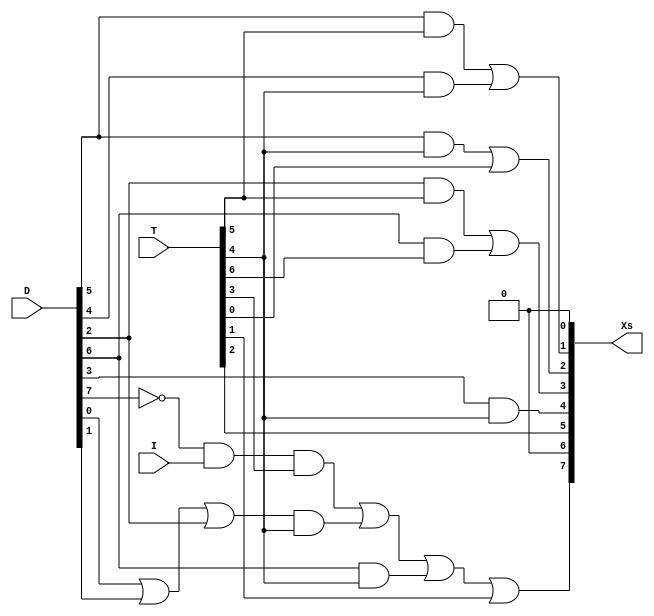
`timescale 1ns / 1ps
//////////////////////////////////////////////////////////////////////////////////
// Company: 
// Engineer: 
// 
// Design Name: 
// Module Name: COMMON_BUS_CONTROL
// Project Name: 
// Target Devices: 
// Tool Versions: 
// Description: 
// 
// Dependencies: 
// 
// Revision:
// Revision 0.01 - File Created
// Additional Comments:
// 
//////////////////////////////////////////////////////////////////////////////////


module COMMON_BUS_CONTROL(Xs, D, T, I);


	input  I;
	input [7:0] T, D;

	output [7:0] Xs;

	wire D7COM = ~D[7];
	wire D5T5,D4T4,D5T4,D2T5,D6T6,r,D012,D012T4 ,D6T4;
	assign D5T5= D[5] & T[5] ;
	assign D4T4= D[4] & T[4] ;
	assign D5T4= D[5] & T[4] ;
	assign D2T5= D[2]& T[5]  ;
	assign D6T6= D[6] & T[6];
	assign r=  D7COM & I & T[3];
	assign D012 = D[0] | D[1] | D[2];
	assign D012T4= D012 & T[4];
	assign D6T4 = D[6] & T[4];
	
	assign Xs[0] = 0;
	assign Xs[6] = 0 ;  
	assign Xs[1] = D5T5 | D4T4;                                                        
	assign Xs[2] = D5T4 | T[0];                                                      
	assign Xs[3] = D2T5 | D6T6  ;                                                       
	assign Xs[4] = D[3] & T[4];                                                     
	assign Xs[5] = T[2] ;                                                                                                                        
    assign Xs[7] = r | D012T4 | D6T4 | T[1];                                             

endmodule